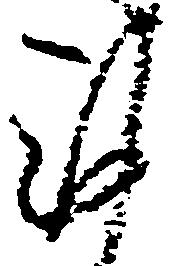
謹